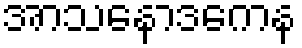
အာသနောဒကေန